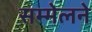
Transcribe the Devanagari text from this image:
सम्मेलने